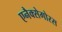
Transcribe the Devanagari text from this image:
एनैक्सेगोरस